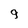
Character: 9